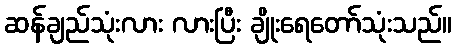
ဆန်ချည်သုံးလား လားပြီး ချိုးရေတော်သုံးသည်။